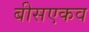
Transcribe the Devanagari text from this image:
बीसएकव